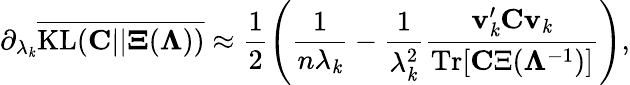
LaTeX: \partial_{\lambda_{\mathit{k}}}\overline{{{\mathrm{{KL}}({\mathbf{C}}||{\mathbf{\Xi}}({\mathbf{\Lambda}}))}}}\approx\frac{{1}}{{2}}\left(\frac{{1}}{{n\lambda_{\mathit{k}}}}-\frac{{1}}{{\lambda_{\mathit{k}}^{2}}}\frac{{{\mathbf{v}}_{\mathit{k}}^{\prime}{\mathbf{C}}{\mathbf{v}}_{\mathit{k}}}}{{\mathrm{{Tr}}[{\mathbf{C}\Xi}({\mathbf{\Lambda}}^{-1})]}}\right),